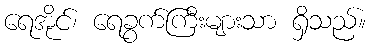
ရေအိုင်၊ ရေခွက်ကြီးများသာ ရှိသည်။